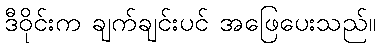
ဒီဝိုင်းက ချက်ချင်းပင် အဖြေပေးသည်။